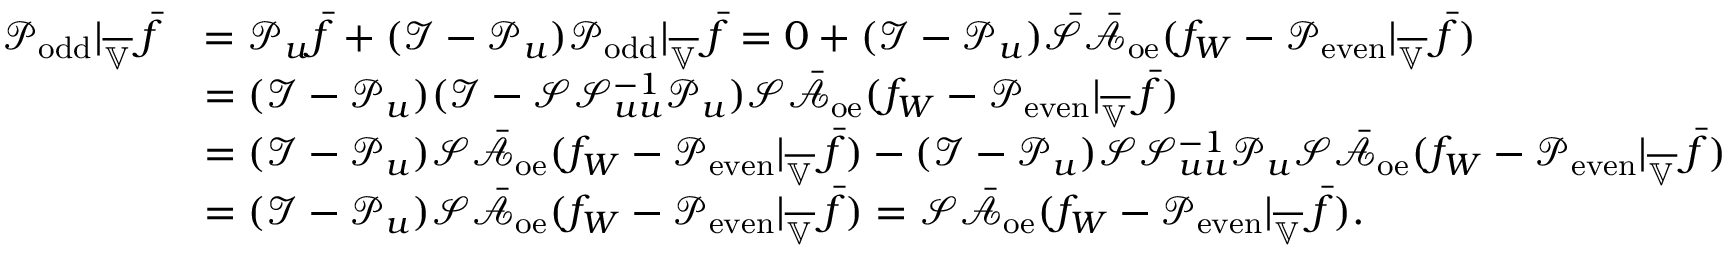
\begin{array} { r l } { \mathcal { P } _ { \mathrm { o d d } } | _ { \overline { { \mathbb { V } } } } \, \bar { f } } & { = \mathcal { P } _ { u } \bar { f } + ( \mathcal { I } - \mathcal { P } _ { u } ) \mathcal { P } _ { \mathrm { o d d } } | _ { \overline { { \mathbb { V } } } } \, \bar { f } = 0 + ( \mathcal { I } - \mathcal { P } _ { u } ) \bar { \mathcal { S } } \bar { \mathcal { A } } _ { \mathrm { o e } } ( f _ { W } - \mathcal { P } _ { \mathrm { e v e n } } | _ { \overline { { \mathbb { V } } } } \, \bar { f } ) } \\ & { = ( \mathcal { I } - \mathcal { P } _ { u } ) ( \mathcal { I } - \mathcal { S } \mathcal { S } _ { u u } ^ { - 1 } \mathcal { P } _ { u } ) \mathcal { S } \bar { \mathcal { A } } _ { \mathrm { o e } } ( f _ { W } - \mathcal { P } _ { \mathrm { e v e n } } | _ { \overline { { \mathbb { V } } } } \, \bar { f } ) } \\ & { = ( \mathcal { I } - \mathcal { P } _ { u } ) \mathcal { S } \bar { \mathcal { A } } _ { \mathrm { o e } } ( f _ { W } - \mathcal { P } _ { \mathrm { e v e n } } | _ { \overline { { \mathbb { V } } } } \, \bar { f } ) - ( \mathcal { I } - \mathcal { P } _ { u } ) \mathcal { S } \mathcal { S } _ { u u } ^ { - 1 } \mathcal { P } _ { u } \mathcal { S } \bar { \mathcal { A } } _ { \mathrm { o e } } ( f _ { W } - \mathcal { P } _ { \mathrm { e v e n } } | _ { \overline { { \mathbb { V } } } } \, \bar { f } ) } \\ & { = ( \mathcal { I } - \mathcal { P } _ { u } ) \mathcal { S } \bar { \mathcal { A } } _ { \mathrm { o e } } ( f _ { W } - \mathcal { P } _ { \mathrm { e v e n } } | _ { \overline { { \mathbb { V } } } } \, \bar { f } ) = \mathcal { S } \bar { \mathcal { A } } _ { \mathrm { o e } } ( f _ { W } - \mathcal { P } _ { \mathrm { e v e n } } | _ { \overline { { \mathbb { V } } } } \, \bar { f } ) . } \end{array}